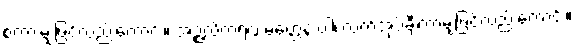
စကားမျှဖြင့်လည်းကောင်း။ အဉ္ဇလိကရဏမတ္တေန ဝါ၊ လက်အုပ်ချီကာမျှဖြင့်လည်းကောင်း။